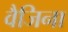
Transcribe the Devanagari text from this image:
वैजिना